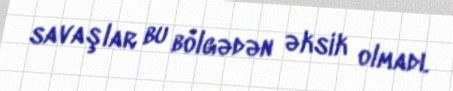
savaşlar bu bölgədən əksik olmadı.